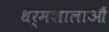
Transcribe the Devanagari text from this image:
धर्मशालाऔं